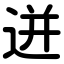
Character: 迸